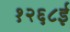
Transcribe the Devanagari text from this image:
१२६८ई